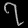
Digit: ၇